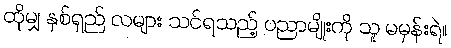
ထိုမျှ နှစ်ရှည် လများ သင်ရသည့် ပညာမျိုးကို သူ မမှန်းရဲ။